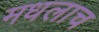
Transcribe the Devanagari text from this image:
मधलाच